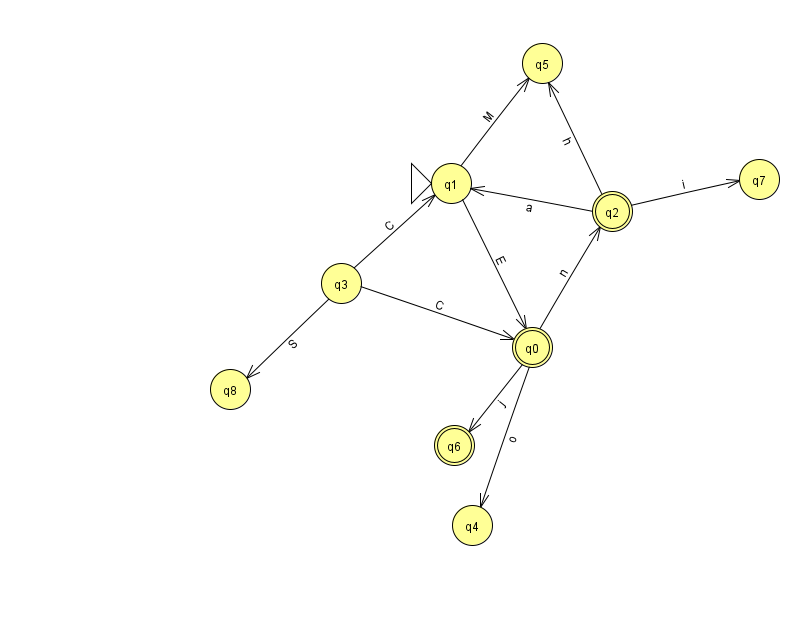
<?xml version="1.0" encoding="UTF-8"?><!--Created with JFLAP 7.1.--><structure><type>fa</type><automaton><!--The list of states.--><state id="0" name="q0"><x>532.0</x><y>334.0</y><final/></state><state id="1" name="q1"><x>451.0</x><y>170.0</y><initial/></state><state id="2" name="q2"><x>612.0</x><y>198.0</y><final/></state><state id="3" name="q3"><x>341.0</x><y>270.0</y></state><state id="4" name="q4"><x>472.0</x><y>512.0</y></state><state id="5" name="q5"><x>542.0</x><y>50.0</y></state><state id="6" name="q6"><x>454.0</x><y>432.0</y><final/></state><state id="7" name="q7"><x>759.0</x><y>166.0</y></state><state id="8" name="q8"><x>230.0</x><y>376.0</y></state><!--The list of transitions.--><transition><from>0</from><to>4</to><read>o</read></transition><transition><from>3</from><to>0</to><read>C</read></transition><transition><from>1</from><to>5</to><read>M</read></transition><transition><from>3</from><to>8</to><read>S</read></transition><transition><from>2</from><to>7</to><read>i</read></transition><transition><from>1</from><to>0</to><read>E</read></transition><transition><from>2</from><to>5</to><read>h</read></transition><transition><from>0</from><to>2</to><read>n</read></transition><transition><from>3</from><to>1</to><read>C</read></transition><transition><from>0</from><to>6</to><read>j</read></transition><transition><from>2</from><to>1</to><read>a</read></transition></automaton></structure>